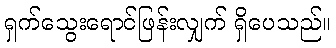
ရှက်သွေးရောင်ဖြန်းလျှက် ရှိပေသည်။